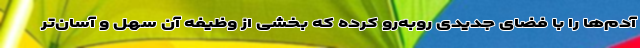
آدم‌ها را با فضای جدیدی روبه‌رو کرده که بخشی از وظیفه آن سهل و آسان‌تر